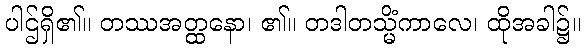
ပါဌ်ရှိ၏။ တဿအတ္ထနော၊ ၏။ တဒါတသ္မိံကာလေ၊ ထိုအခါ၌။